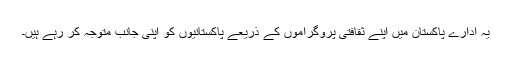
یہ ادارے پاکستان میں اپنے ثقافتی پروگراموں کے ذریعے پاکستانیوں کو اپنی جانب متوجہ کر رہے ہیں۔